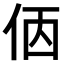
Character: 𠈇